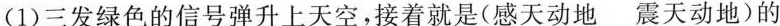
(1)三发绿色的信号弹升上天空，接着就是(感天动地